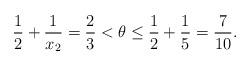
LaTeX: \begin{align*}\frac{1}{2} + \frac{1}{x_2} = \frac{2}{3} < \theta \leq \frac{1}{2} + \frac{1}{5} = \frac{7}{10}.\end{align*}